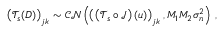
\left( \boldsymbol { \mathcal { T } _ { s } } ( \boldsymbol { D } ) \right) _ { j k } \sim \mathcal { C N } \left( \left( \left( \boldsymbol { \mathcal { T } } _ { s } \circ \boldsymbol { \mathcal { J } } \right) \left( u \right) \right) _ { j k } , M _ { 1 } M _ { 2 } \sigma _ { n } ^ { 2 } \right) \, ,